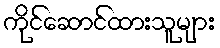
ကိုင်ဆောင်ထားသူများ